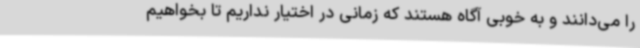
را می‌دانند و به خوبی آگاه هستند که زمانی در اختیار نداریم تا بخواهیم